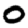
Digit: 0